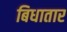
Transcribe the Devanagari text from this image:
बिधातार